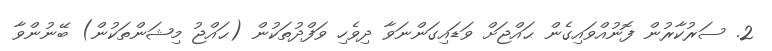
2. ސަރުކާރުން ފޮނުއްވައިގެން ޙައްޖަށް ވަޑައިގަންނަވާ ދިވެހި ވަފްދުތަކުން (ޙައްޖު މިޝަންތަކުން) ބޭނުންވާ